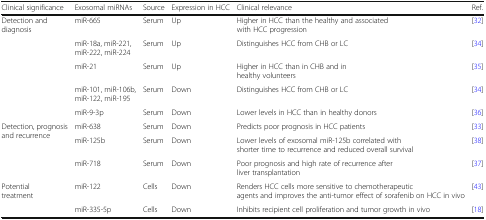
<table><thead><tr><td><b>Clinical significance</b></td><td><b>Exosomal miRNAs</b></td><td><b>Source</b></td><td><b>Expression in HCC</b></td><td><b>Clinical relevance</b></td><td><b>Ref.</b></td></tr></thead><tbody><tr><td rowspan="5">Detection and diagnosis</td><td>miR-665</td><td>Serum</td><td>Up</td><td>Higher in HCC than the healthy and associated with HCC progression</td><td>[32]</td></tr><tr><td>miR-18a, miR-221, miR-222, miR-224</td><td>Serum</td><td>Up</td><td>Distinguishes HCC from CHB or LC</td><td>[34]</td></tr><tr><td>miR-21</td><td>Serum</td><td>Up</td><td>Higher in HCC than in CHB and in healthy volunteers</td><td>[35]</td></tr><tr><td>miR-101, miR-106b, miR-122, miR-195</td><td>Serum</td><td>Down</td><td>Distinguishes HCC from CHB or LC</td><td>[34]</td></tr><tr><td>miR-9-3p</td><td>Serum</td><td>Down</td><td>Lower levels in HCC than in healthy donors</td><td>[36]</td></tr><tr><td rowspan="3">Detection, prognosis and recurrence</td><td>miR-638</td><td>Serum</td><td>Down</td><td>Predicts poor prognosis in HCC patients</td><td>[33]</td></tr><tr><td>miR-125b</td><td>Serum</td><td>Down</td><td>Lower levels of exosomal miR-125b correlated with shorter time to recurrence and reduced overall survival</td><td>[38]</td></tr><tr><td>miR-718</td><td>Serum</td><td>Down</td><td>Poor prognosis and high rate of recurrence after liver transplantation</td><td>[37]</td></tr><tr><td rowspan="2">Potential treatment</td><td>miR-122</td><td>Cells</td><td>Down</td><td>Renders HCC cells more sensitive to chemotherapeutic agents and improves the anti-tumor effect of sorafenib on HCC in vivo</td><td>[43]</td></tr><tr><td>miR-335-5p</td><td>Cells</td><td>Down</td><td>Inhibits recipient cell proliferation and tumor growth in vivo</td><td>[18]</td></tr></tbody></table>